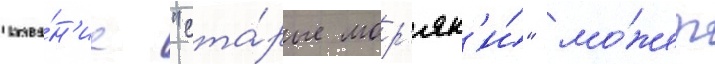
Назва́н'ие "ста́рые мор'як'и́" мо́жет